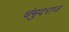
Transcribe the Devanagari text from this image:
चंमुदराज